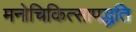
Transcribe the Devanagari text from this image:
मनोचिकित्सापद्धति